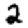
Digit: 2